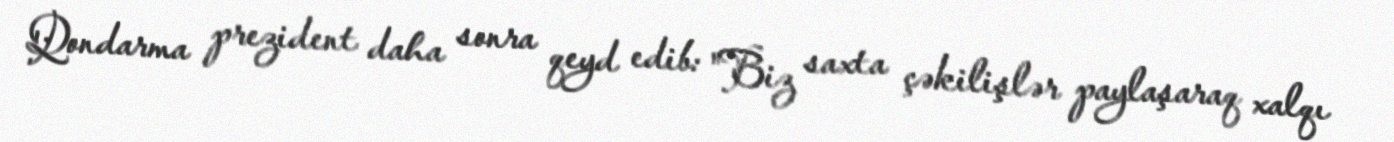
Qondarma prezident daha sonra qeyd edib: "Biz saxta çəkilişlər paylaşaraq xalqı